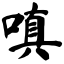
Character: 嗔